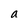
Character: a